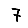
Digit: 7